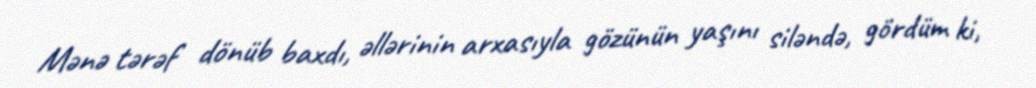
Mənə tərəf dönüb baxdı, əllərinin arxasıyla gözünün yaşını siləndə, gördüm ki,